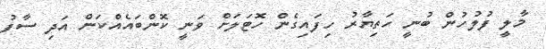
މާލީ ފުލުހުން ބުނީ ހަތިޔާރު ހިފައިގެން ހޮޓަލަށް ވަނީ ކޮންބައެއްކަން އަދި ސާފު